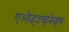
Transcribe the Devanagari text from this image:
एओइउफ्ह्केझ्फ्